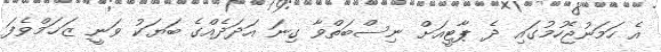
އެ ހަމަނުޖެހުމުގައި ދެ ޕާޓީއަށް ނިސްބަތްވާ ގިނަ އަދަދެއްގެ ބަޔަކު ވަނީ ޒަޚަމްވެފަ